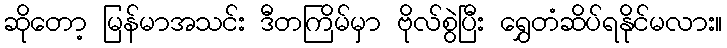
ဆိုတော့ မြန်မာအသင်း ဒီတကြိမ်မှာ ဗိုလ်စွဲပြီး ရွှေတံဆိပ်ရနိုင်မလား။